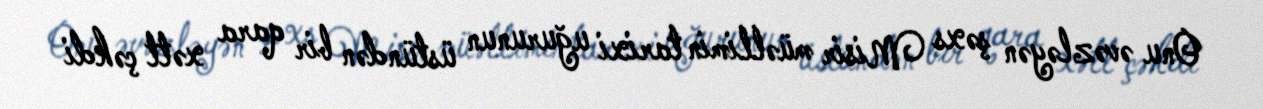
Onu əvəzləyən şəxs Misir müəllimin tarixi uğurunun üstündən bir qara xətt çəkdi